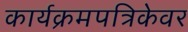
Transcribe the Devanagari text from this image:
कार्यक्रमपत्रिकेवर